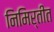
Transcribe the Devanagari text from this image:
निमिर्तीत